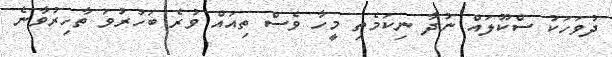
ދުވަހަކު ސްކޫލައް ނުދާ ނިކަމެތި މީހާ ވެސް ތިއައް ވުރެ ބަހުރުވަ ތާހިރުވާނެ